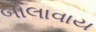
બોલાવાય